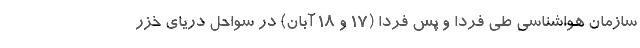
سازمان هواشناسی طی فردا و پس فردا (۱۷ و ۱۸ آبان) در سواحل دریای خزر